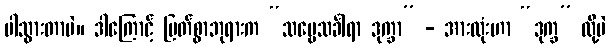
ပါသွားတာပဲ။ ဒါကြောင့် မြတ်စွာဘုရားက “သဗ္ဗေသင်္ခါရာ ဒုက္ခာ” - အားလုံးဟာ “ဒုက္ခ” လို့ပဲ